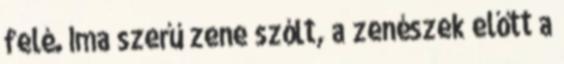
felé. Ima szerű zene szólt, a zenészek előtt a